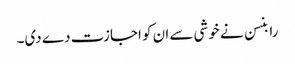
رابنسن نے خوشی سے ان کو اجازت دے دی۔